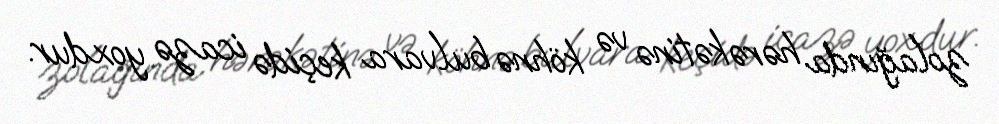
zolağında hərəkətinə və köhnə bulvara keçidə icazə yoxdur.